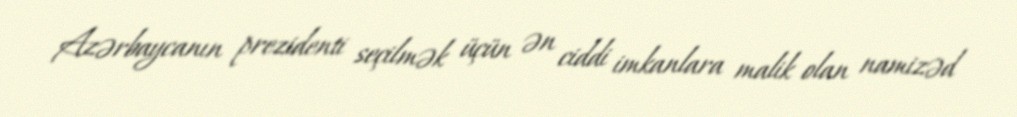
Azərbaycanın prezidenti seçilmək üçün ən ciddi imkanlara malik olan namizəd